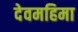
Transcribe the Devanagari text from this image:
देवमहिमा